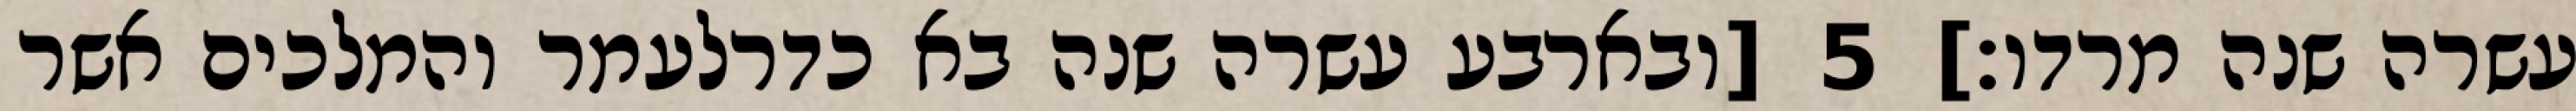
עשרה שנה מרדו׃] ‎5‏ [ובארבע עשרה שנה בא כדרלעמר והמלכים אשר